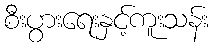
စီးပွားရေးနှင့်ကူးသန်း